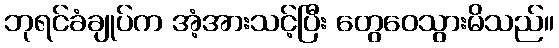
ဘုရင်ခံချုပ်က အံ့အားသင့်ပြီး တွေဝေသွားမိသည်။